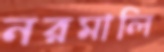
নরমালি